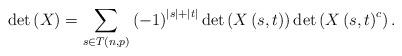
LaTeX: \begin{align*}\det\left( X\right) =\sum_{s\in T\left( n,p\right) }\left( -1\right)^{\left\vert s\right\vert +\left\vert t\right\vert }\det\left( X\left(s,t\right) \right) \det\left( X\left( s,t\right) ^{c}\right) .\end{align*}